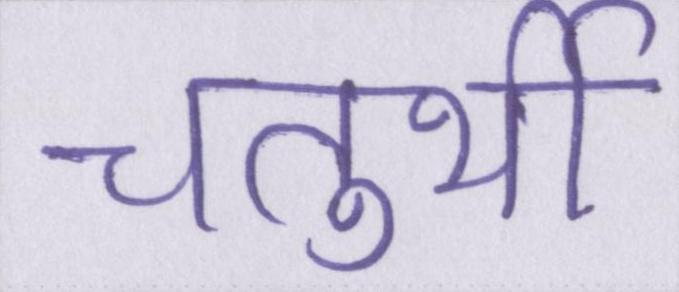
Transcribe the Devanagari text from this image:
चतुर्थी